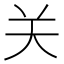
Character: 关